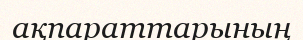
ақпараттарының